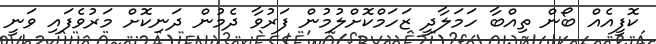
ކޮފީއެއް ބޯން ތިއްބާ ހަމަލާދީ ޒަހަމްކޮށްލުމުން ފަރުވާ ދެމުން ދަނިކޮށް މަރުވެފައި ވަނީ